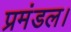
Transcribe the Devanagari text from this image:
प्रमंडल।